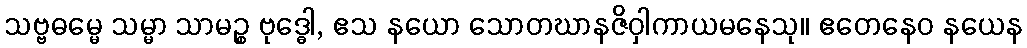
သဗ္ဗဓမ္မေ သမ္မာ သာမဉ္စ ဗုဒ္ဓေါ, ဧသ နယော သောတဃာနဇိဝှါကာယမနေသု။ ဧတေနေဝ နယေန